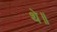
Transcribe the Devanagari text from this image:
थे॥